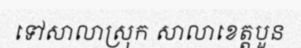
ទៅសាលាស្រុក សាលាខេត្តបួន